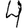
Digit: 4